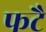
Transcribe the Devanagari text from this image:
फटै